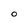
Character: O